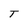
Character: T